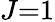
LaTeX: J{=}1